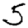
Digit: 5